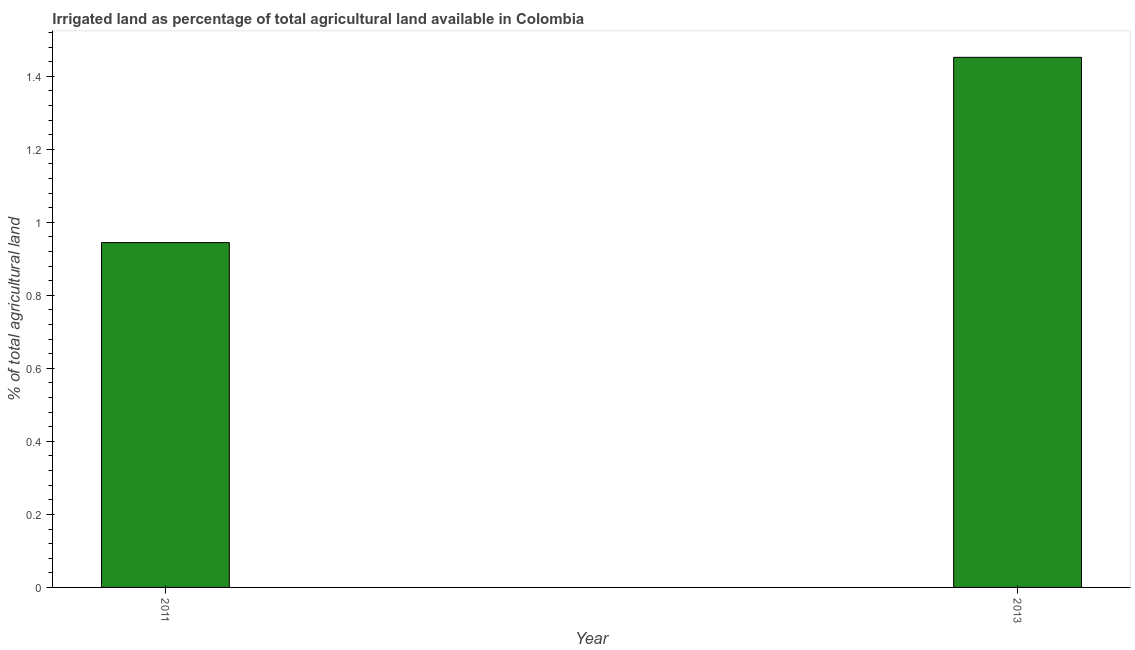
| Year | Agricultural irrigated land  |
 | --- | --- |
 | 2011 | 0.944 |
 | 2013 | 1.45 |